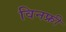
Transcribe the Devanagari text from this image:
विनफ्री